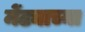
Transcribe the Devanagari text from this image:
मेंढ्याच्या